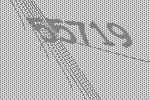
55719